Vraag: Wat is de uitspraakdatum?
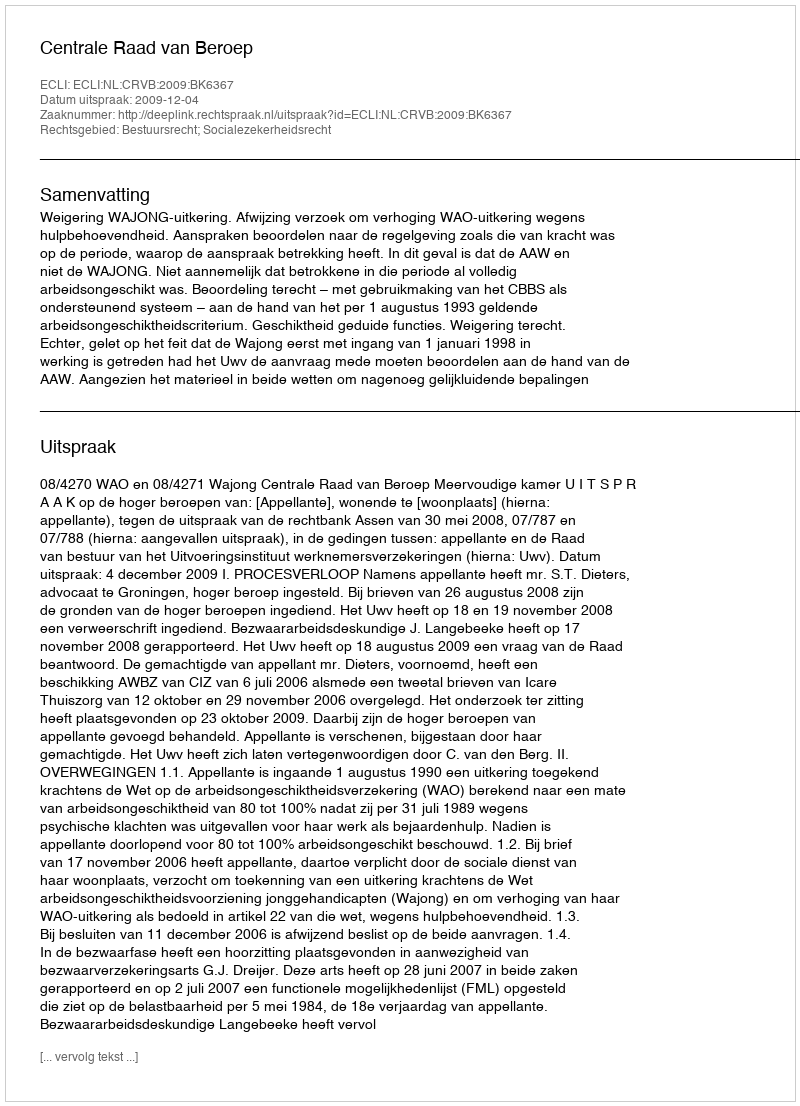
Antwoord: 2009-12-04